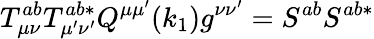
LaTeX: T_{\mu\nu}^{ab}T_{\mu^{\prime}\nu^{\prime}}^{ab*}Q^{\mu\mu^{\prime}}(k_{1})g^{\nu\nu^{\prime}}=S^{ab}S^{ab*}